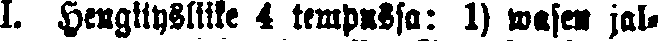
I. hengitysliike 4 tempussa: 1) wasen jal-